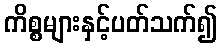
ကိစ္စများနှင့်ပတ်သက်၍